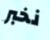
نخبر